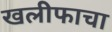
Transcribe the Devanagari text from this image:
खलीफाचा